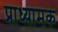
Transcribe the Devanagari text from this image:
प्राध्यामक